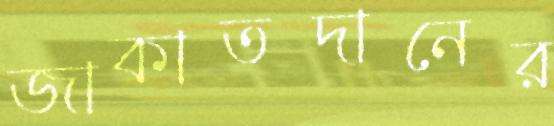
জাকাতদানের